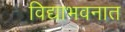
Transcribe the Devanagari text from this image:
विद्याभवनात